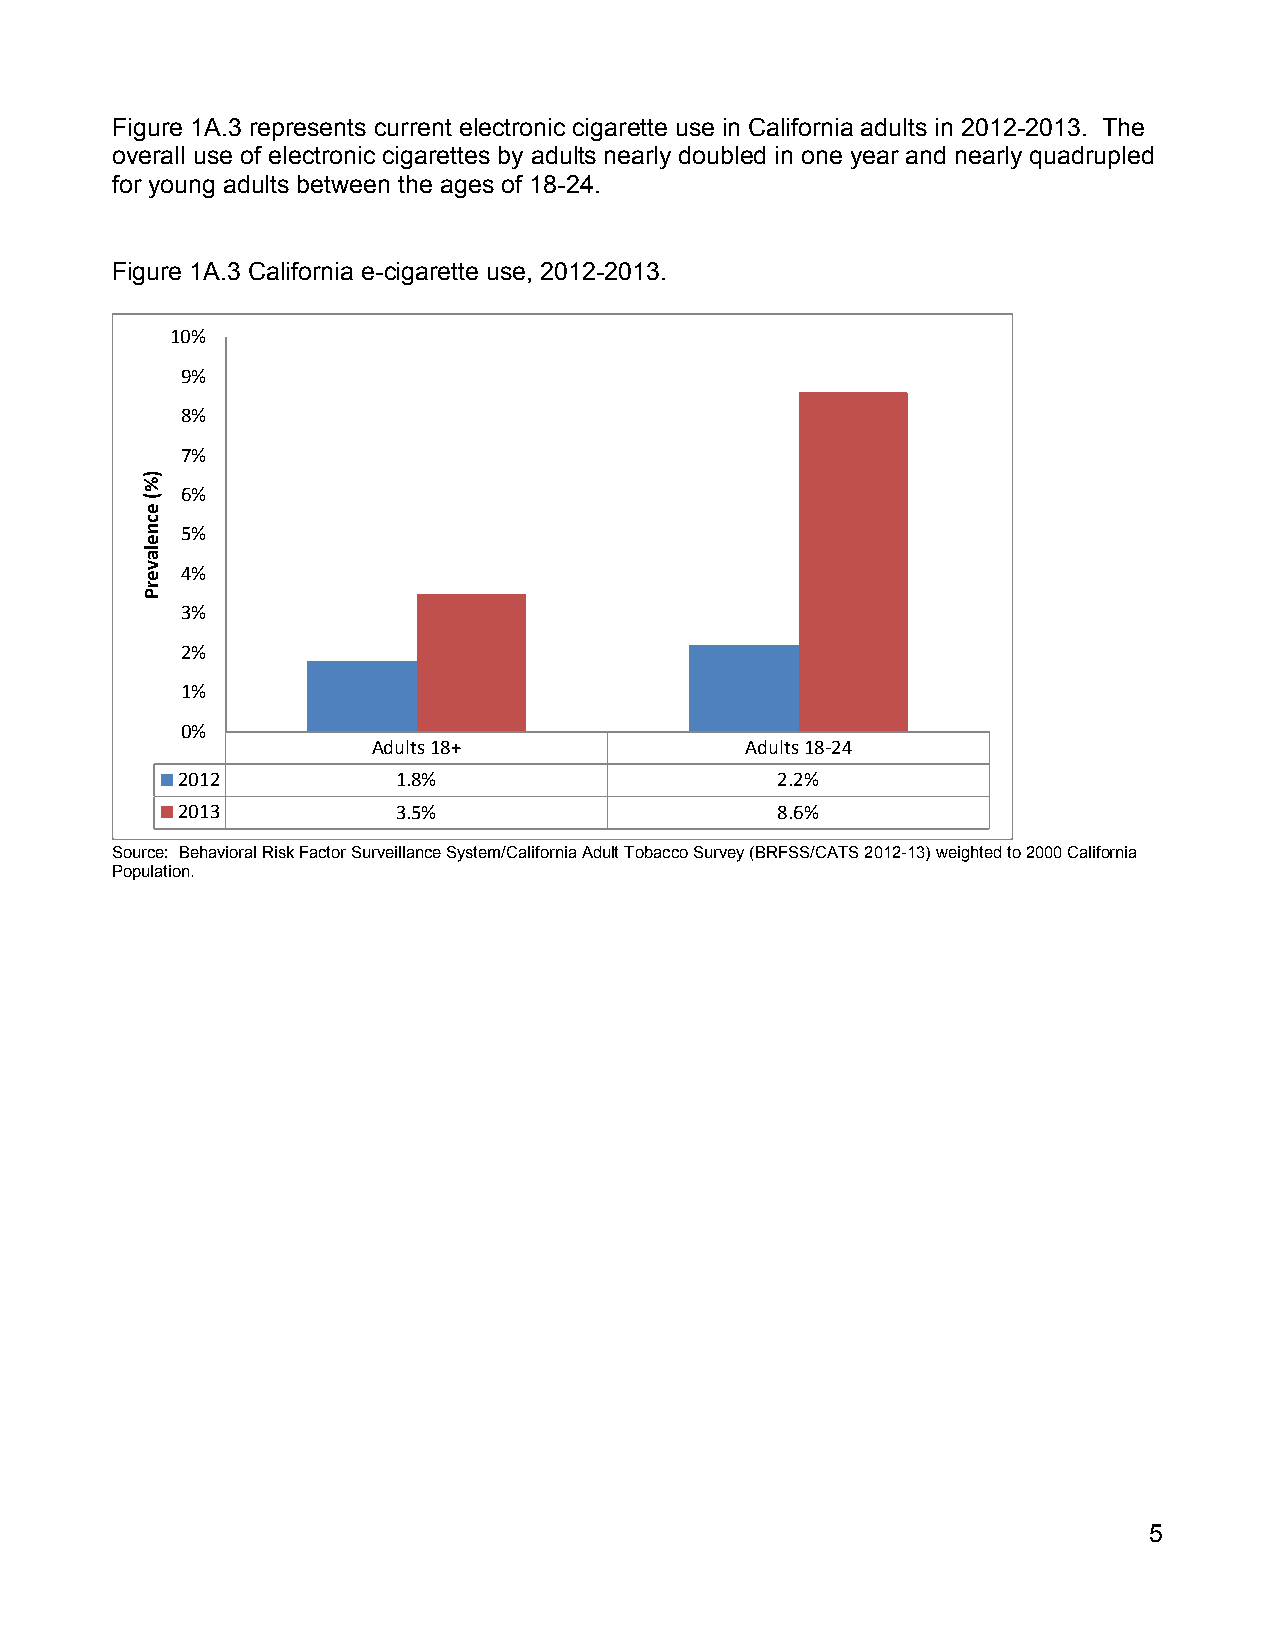
Figure 1A.3 represents current electronic cigarette use in California adults in 2012-2013. The
 overall use of electronic cigarettes by adults nearly doubled in one year and nearly quadrupled
 for young adults between the ages of 18-24.
 Figure 1A.3 California e-cigarette use, 2012-2013.
 10%
 9%
 8%
 7%
 6%
 5%
 4%
 3%
 2%
 1%
 0%
 Adults 18+              Adults 18‐24
 2012          1.8%                      2.2%
 2013          3.5%                      8.6%
 Source: Behavioral Risk Factor Surveillance System/California Adult Tobacco Survey (BRFSS/CATS 2012-13) weighted to 2000 California
 Population.
 5
 )%(
 ecnelaverP